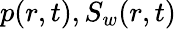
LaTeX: p(r,t),S_{w}(r,t)